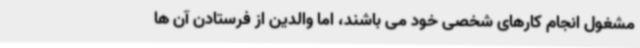
مشغول انجام کارهای شخصی خود می باشند، اما والدین از فرستادن آن ها